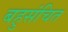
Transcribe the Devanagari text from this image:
बहुसंचित